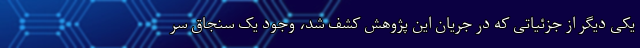
یکی دیگر از جزئیاتی که در جریان این پژوهش کشف شد، وجود یک سنجاق سر